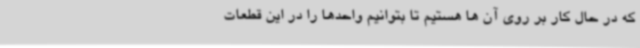
که در حال کار بر روی آن ها هستیم تا بتوانیم واحدها را در این قطعات